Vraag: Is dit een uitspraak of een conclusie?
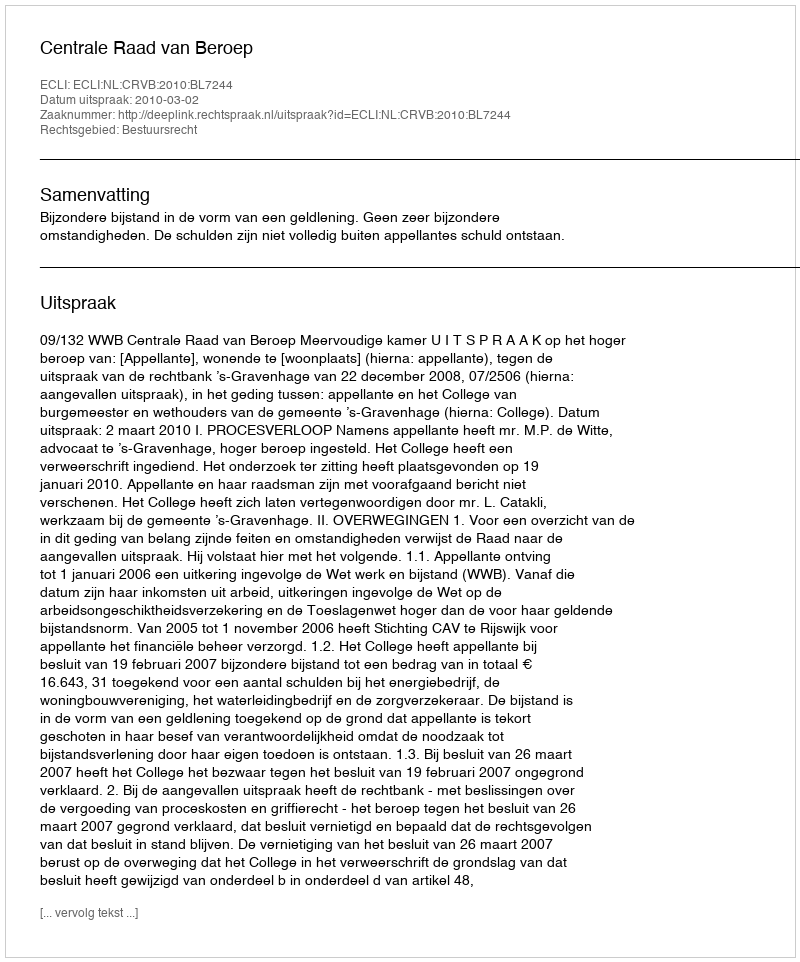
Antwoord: Uitspraak